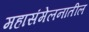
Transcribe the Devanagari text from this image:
महासंमेलनातील